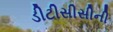
ડીટીસીસીની